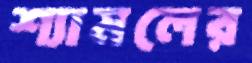
শ্যামলের